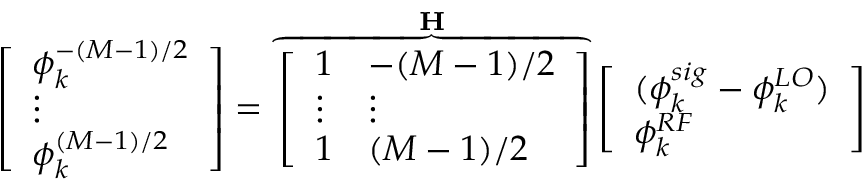
\left[ \begin{array} { l } { \phi _ { k } ^ { - ( M - 1 ) / 2 } } \\ { \vdots } \\ { \phi _ { k } ^ { ( M - 1 ) / 2 } } \end{array} \right] = \overbrace { \left[ \begin{array} { l l } { 1 } & { - ( M - 1 ) / 2 } \\ { \vdots } & { \vdots } \\ { 1 } & { ( M - 1 ) / 2 } \end{array} \right] } ^ { \mathbf { H } } \left[ \begin{array} { l } { ( \phi _ { k } ^ { s i g } - \phi _ { k } ^ { L O } ) } \\ { \phi _ { k } ^ { R F } } \end{array} \right]